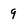
Character: 9